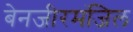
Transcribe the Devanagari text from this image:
बेनजीरमंजिल